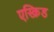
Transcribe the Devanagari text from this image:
एस्क्रिड